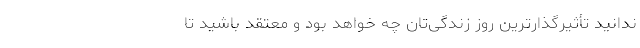
ندانید تأثیر‌گذار‌ترین روز زندگی‌تان چه خواهد بود و معتقد باشید تا